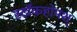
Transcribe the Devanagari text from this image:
स्टॉकहोमश्